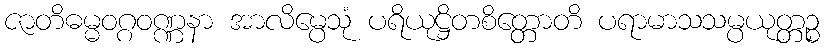
ဇာတိဓမ္မဝဂ္ဂဝဏ္ဏနာ အာလိမ္ပေသုံ ပရိယုဋ္ဌိတစိတ္တောတိ ပရာမာသသမ္ပယုတ္တဉ္စ